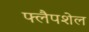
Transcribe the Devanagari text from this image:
फ्लैपशेल